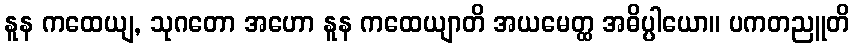
နူန ကထေယျ, သုဂတော အဟော နူန ကထေယျာတိ အယမေတ္ထ အဓိပ္ပါယော။ ပကတညူတိ